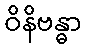
ဝိနိဗန္ဓာ